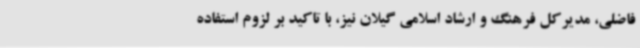
فاضلی، مدیرکل فرهنگ و ارشاد اسلامی گیلان نیز، با تاکید بر لزوم استفاده